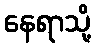
နေရာသို့